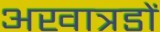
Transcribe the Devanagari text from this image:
अखात्रडों